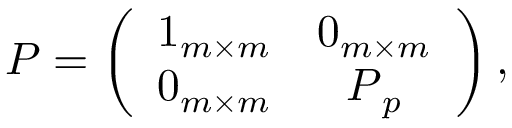
\boldsymbol { P } = \left( \begin{array} { c c } { \boldsymbol { 1 } _ { m \times m } } & { \boldsymbol { 0 } _ { m \times m } } \\ { \boldsymbol { 0 } _ { m \times m } } & { \boldsymbol { P } _ { p } } \end{array} \right) ,